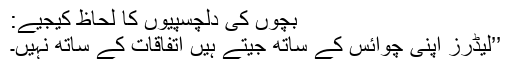
بچوں کی دلچسپیوں کا لحاظ کیجیے:
’’لیڈرز اپنی چوائس کے ساتھ جیتے ہیں اتفاقات کے ساتھ نہیں۔